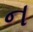
ન